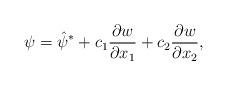
LaTeX: \begin{align*}\psi=\hat\psi^*+c_1\frac{\partial w}{\partial x_1}+c_2\frac{\partial w}{\partial x_2},\end{align*}